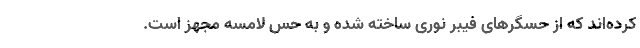
کرده‌اند که از حسگر‌های فیبر نوری ساخته شده و به حس لامسه مجهز است.